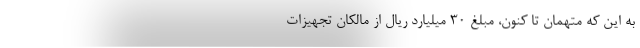
به این که متهمان تا کنون، مبلغ ۳۰ میلیارد ریال از مالکان تجهیزات